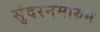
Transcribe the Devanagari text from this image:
सुंदरनमारुम